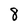
Character: 8